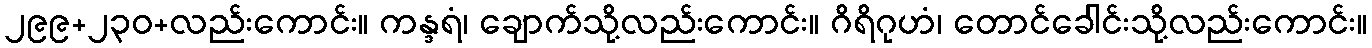
၂၉၉+၂၃၀+လည်းကောင်း။ ကန္ဒရံ၊ ချောက်သို့လည်းကောင်း။ ဂိရိဂုဟံ၊ တောင်ခေါင်းသို့လည်းကောင်း။